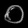
Digit: ၀